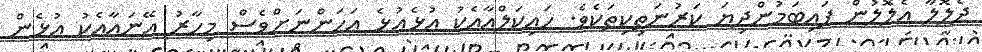
ދެލޮލާ އެލޮލުން ފައިބަމުންދިޔަ ކަރުނަތިކިތަކެވެ. ހައިކަލްއާއެކު އުޅެއުޅެ އަހަންނަށްވެސް މިހާރު އޭނައާއެކު އުޅެން